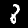
Label: 8